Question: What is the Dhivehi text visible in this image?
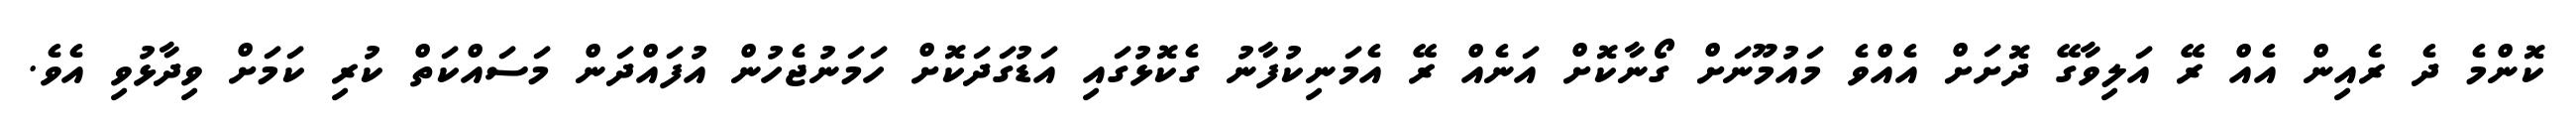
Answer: ކޮންމެ ދެ ރެއިން އެއް ރޭ އަލިވާގޭ ދޮށަށް އެއްވެ މައުމޫނަށް ގޯނާކޮށް އަނެއް ރޭ އެމަނިކުފާނު ގެކޮޅުގައި އަޑުގަދަކޮށް ހަމަނުޖެހުން އުފައްދަން މަސައްކަތް ކުރި ކަމަށް ވިދާޅުވި އެވެ.